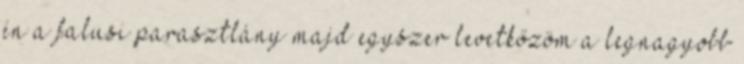
én a falusi parasztlány majd egyszer levetkőzöm a legnagyobb